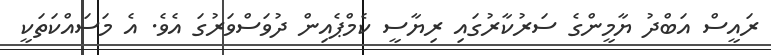
ރައީސް އަބްދު ޔާމީންގެ ސަރުކާރުގައި ރިޔާސީ ކެމްޕެއިން ދުވަސްވަރުގަ އެވެ. އެ މަސައްކަތަކީ